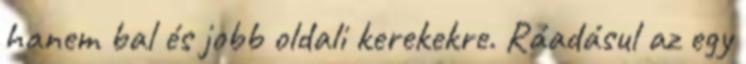
hanem bal és jobb oldali kerekekre. Ráadásul az egy